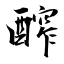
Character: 醡